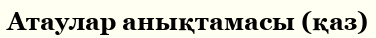
Атаулар анықтамасы (қаз)